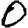
Digit: 0